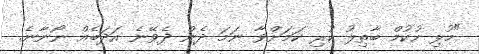
"މުޅި ހުކުމް ބާތިލު ކުރި ކަމަށްވާ ނަމަ ދެން ދެވޭނެ އަދަބެއް ނޯނާނެ.